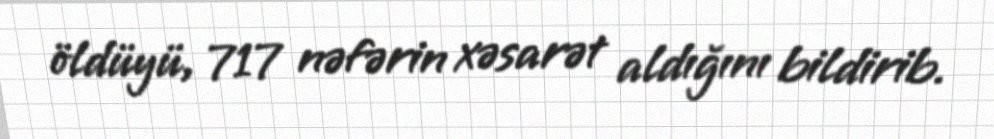
öldüyü, 717 nəfərin xəsarət aldığını bildirib.